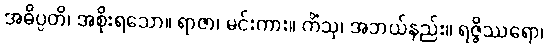
အဓိပ္ပတိ၊ အစိုးရသော။ ရာဇာ၊ မင်းကား။ ကိံသု၊ အဘယ်နည်း။ ရဇ္ဇိဿရော၊